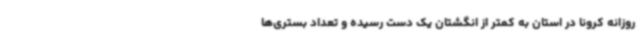
روزانه کرونا در استان به کمتر از انگشتان یک دست رسیده و تعداد بستری‌ها